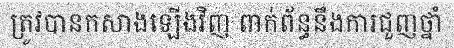
ត្រូវបានកសាងឡើងវិញ ពាក់ព័ន្ធនឹងការជួញថ្នាំ